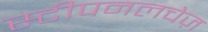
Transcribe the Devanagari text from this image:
स्टीपनलचेज़